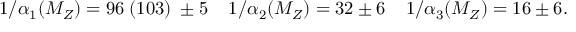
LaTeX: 1 / \alpha _ { 1 } ( M _ { Z } ) = 9 6 \; ( 1 0 3 ) \; \pm 5 \; \; \; \; 1 / \alpha _ { 2 } ( M _ { Z } ) = 3 2 \pm 6 \; \; \; \; 1 / \alpha _ { 3 } ( M _ { Z } ) = 1 6 \pm 6 .